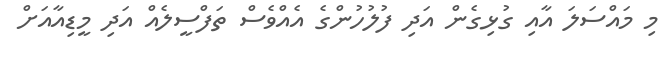
މި މައްސަލަ އާއި ގުޅިގެން އަދި ފުލުހުންގެ އެއްވެސް ތަފްސީލެއް އަދި މީޑިއާއަށް